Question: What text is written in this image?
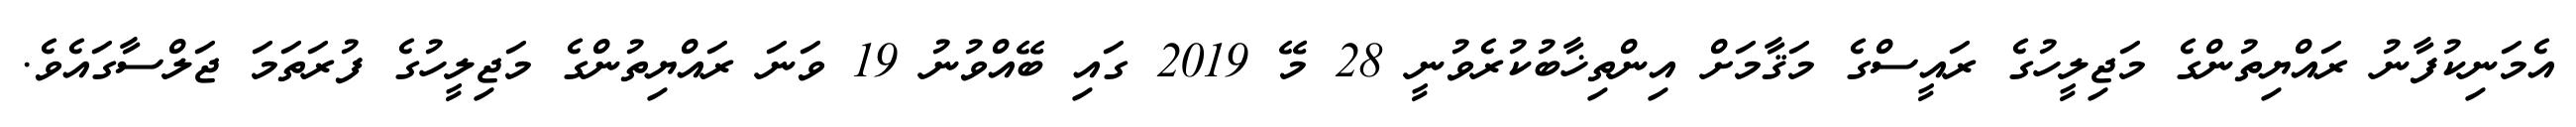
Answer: އެމަނިކުފާނު ރައްޔިތުންގެ މަޖިލީހުގެ ރައީސްގެ މަޤާމަށް އިންތިޚާބުކުރެވުނީ 28 މޭ 2019 ގައި ބޭއްވުނު 19 ވަނަ ރައްޔިތުންގެ މަޖިލީހުގެ ފުރަތަމަ ޖަލްސާގައެވެ.